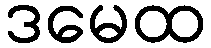
ဒမေထ